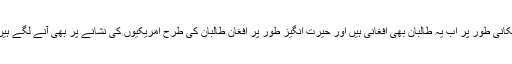
مکانی طور پر اب یہ طالبان بھی افغانی ہیں اور حیرت انگیز طور پر افغان طالبان کی طرح امریکیوں کی نشانے پر بھی آنے لگے ہیں۔